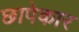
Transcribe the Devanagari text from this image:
छापेकार